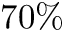
7 0 \%